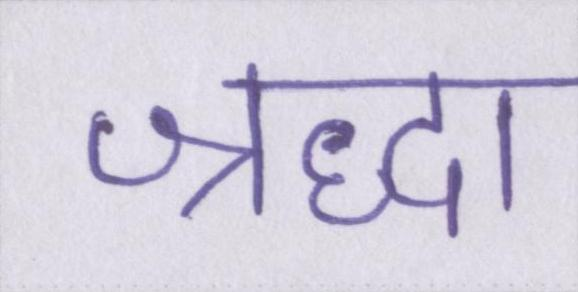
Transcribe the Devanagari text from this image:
श्रद्धा